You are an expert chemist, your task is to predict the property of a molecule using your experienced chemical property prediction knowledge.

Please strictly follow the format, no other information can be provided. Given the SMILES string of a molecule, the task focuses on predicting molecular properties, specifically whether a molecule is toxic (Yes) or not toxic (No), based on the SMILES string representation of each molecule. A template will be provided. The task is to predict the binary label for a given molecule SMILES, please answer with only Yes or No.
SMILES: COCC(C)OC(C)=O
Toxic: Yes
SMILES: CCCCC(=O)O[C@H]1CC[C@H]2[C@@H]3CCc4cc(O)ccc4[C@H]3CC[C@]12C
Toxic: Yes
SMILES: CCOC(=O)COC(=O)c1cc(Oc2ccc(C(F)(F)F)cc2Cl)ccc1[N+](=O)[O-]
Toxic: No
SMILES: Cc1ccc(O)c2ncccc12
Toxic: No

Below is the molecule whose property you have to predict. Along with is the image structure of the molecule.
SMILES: NC(=O)c1cn(Cc2c(F)cccc2F)nn1
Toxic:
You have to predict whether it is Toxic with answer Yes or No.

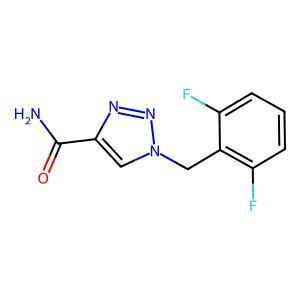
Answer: No